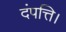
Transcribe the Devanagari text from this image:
दंपत्ति।